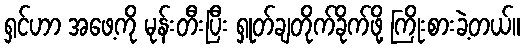
ရှင်ဟာ အဖေ့ကို မုန်းတီးပြီး ရှုတ်ချတိုက်ခိုက်ဖို့ ကြိုးစားခဲ့တယ်။